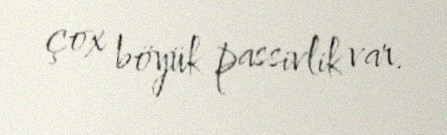
çox böyük passivlik var.